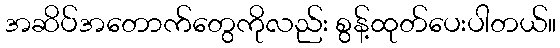
အဆိပ်အတောက်တွေကိုလည်း စွန့်ထုတ်ပေးပါတယ်။